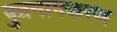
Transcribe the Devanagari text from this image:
पुन्रनामकरण